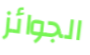
الجوائز